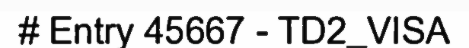
# Entry 45667 - TD2_VISA